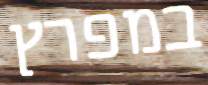
במפרץ